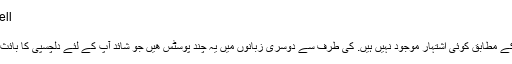
دوسری/دیگر میں برونائی
Other buy & sell انرر Brunei
دوسری/دیگر اس میں برونائی
سوری ہمارے پاس آپ کی سرچ کے مطابق کوئی اشتہار موجود نہیں ہیں. کی طرف سے دوسری زبانوں میں یہ چند پوسٹس ھیں جو شائد آپ کے لئے دلچسپی کا بائث ہوںدوسری/دیگر اس میں برونائی
کیا آپ مزید دیکھنا چاہتے ہیں؟